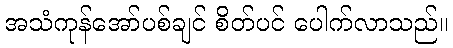
အသံကုန်အော်ပစ်ချင် စိတ်ပင် ပေါက်လာသည်။